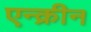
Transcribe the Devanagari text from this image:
एन्क्रीन